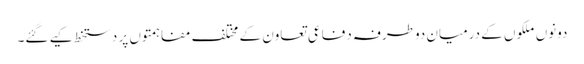
دونوں ملکوں کے درمیان دوطرفہ دفاعی تعاون کے مختلف مفاہمتوں پر دستخط کیے گئے۔